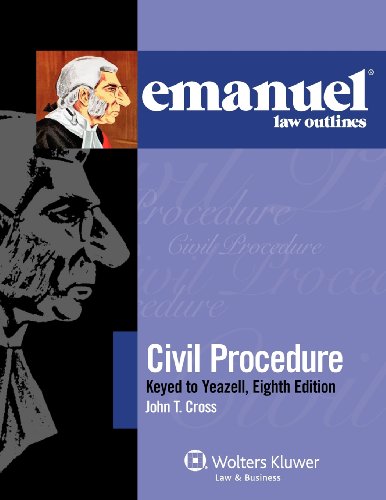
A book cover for Emanuel Law Outlines: Civil Procedure Keyed to Yeazell, Eighth Edition; John T. Cross; Law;